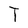
Character: T